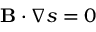
\mathbf { B } \cdot \nabla s = 0